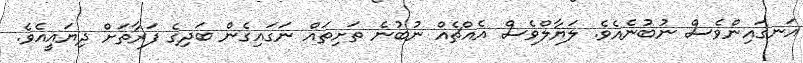
އަނގައިންވެސް ނުބުނެއެވެ. ލަޔާލްވެސް އެއްޗެއް ނުބުނެ ތަށިތައް ނަގައިގެން ބަދިގެ ފަރާތަށް ދިޔައީއެވެ.